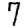
Digit: 7